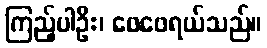
ကြည့်ပါဦး၊ ဖေဖေရယ်သည်။